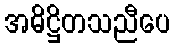
အဓိဋ္ဌိတသညီပေ